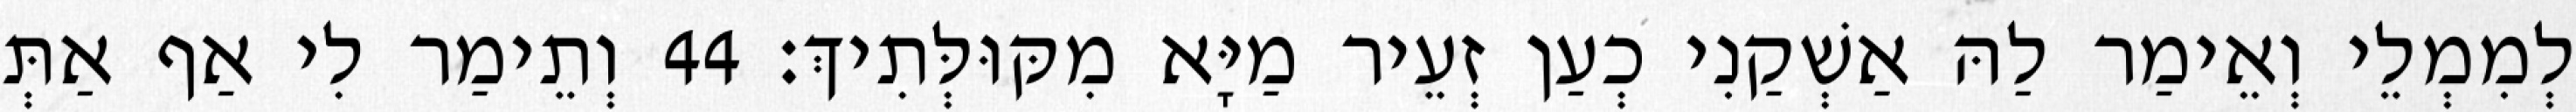
לְמִמְלֵי וְאֵימַר לַהּ אַשְׁקַנִי כְעַן זְעֵיר מַיָּא מִקּוּלְּתִיךְ׃ 44 וְתֵימַר לִי אַף אַתְּ